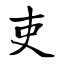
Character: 吏